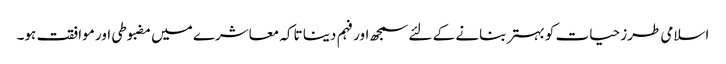
اسلامی طرز حیات کو بہتر بنانے کے لئے سمجھ اور فہم دینا تاکہ معاشرے میں مضبوطی اور موافقت ہو۔